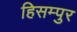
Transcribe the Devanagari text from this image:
हिसम्पुर